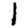
Digit: 1